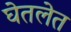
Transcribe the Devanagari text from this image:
घेतलेत